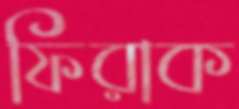
ফিরাক